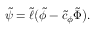
\tilde { \psi } = \tilde { \ell } \big ( \tilde { \phi } - \tilde { c } _ { \phi } \tilde { \Phi } \big ) .